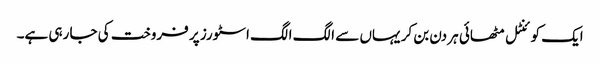
ایک کوئنٹل مٹھائی ہر دن بن کر یہاں سے الگ الگ اسٹورز پر فروخت کی جا رہی ہے۔